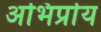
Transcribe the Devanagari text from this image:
अभिर्प्राय